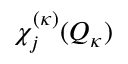
\chi _ { j } ^ { ( \kappa ) } ( Q _ { \kappa } )